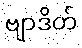
ဗျာဒိတ်